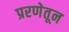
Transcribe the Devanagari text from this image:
प्ररणेतून